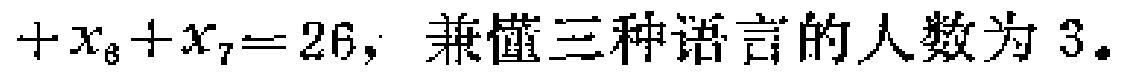
$+x_{6}+x_{7}=26,$ 兼懂三种语言的人数为 3。